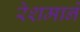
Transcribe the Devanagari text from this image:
रेशमाने